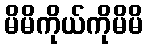
မိမိကိုယ်ကိုမိမိ